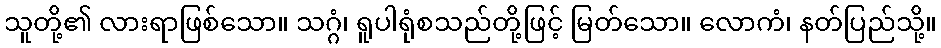
သူတို့၏ လားရာဖြစ်သော။ သဂ္ဂံ၊ ရူပါရုံစသည်တို့ဖြင့် မြတ်သော။ လောကံ၊ နတ်ပြည်သို့။